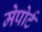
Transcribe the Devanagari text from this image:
मेपोर्ट